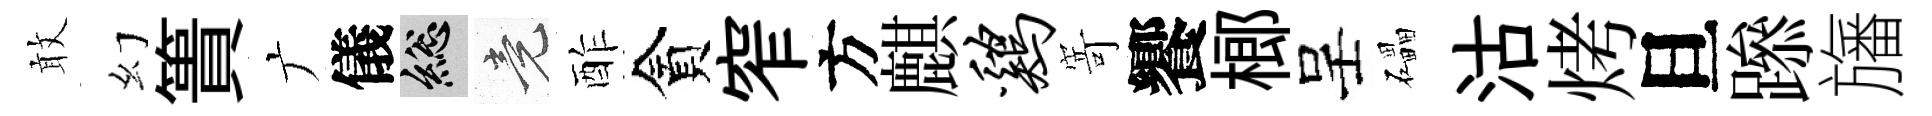
敢幻簣广儀總竟酢貪窄方麒鸡𭔃饗榔呈礧沽烤旦𨅶旛